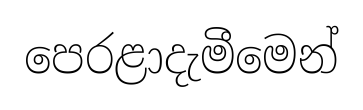
පෙරළාදැමීමෙන්